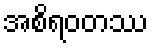
အစိရဝတဿ